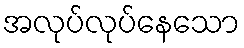
အလုပ်လုပ်နေသော